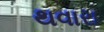
થવારા